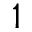
1